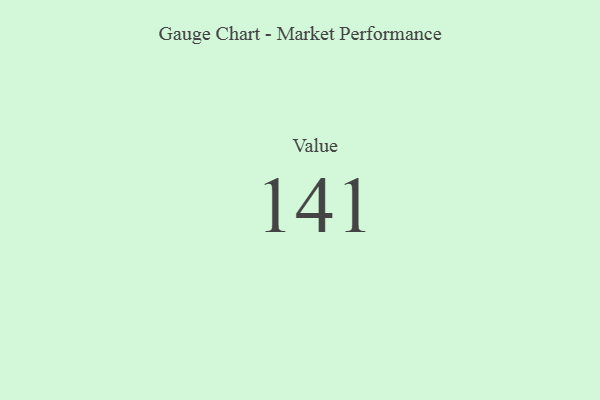
{"axis": {"x": "Metric", "y": "Value"}, "legend": [""], "data": [{"x": "Value", "y": 141, "type": ""}]}